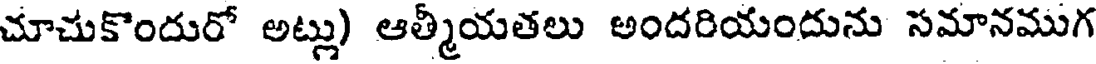
చూచుకొందురో అట్లు) ఆత్మీయతలు అందరియందును సమానముగ